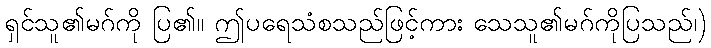
ရှင်သူ၏မဂ်ကို ပြ၏။ ဤပရေသံစသည်ဖြင့်ကား သေသူ၏မဂ်ကိုပြသည်၊)